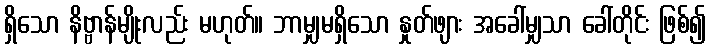
ရှိသော နိဗ္ဗာန်မျိုးလည်း မဟုတ်။ ဘာမျှမရှိသော နှုတ်ဖျား အခေါ်မျှသာ ခေါ်တိုင်း ဖြစ်၍